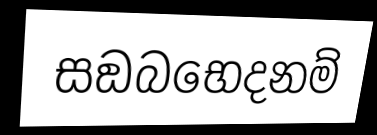
සඞබභෙදනම්